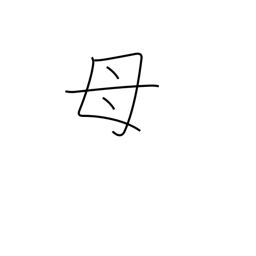
Meaning: mother